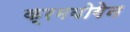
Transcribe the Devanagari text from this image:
क्रमयोगेन